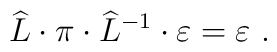
\widehat{L} \cdot \pi \cdot \widehat{L}^{-1} \cdot \varepsilon =\varepsilon~.